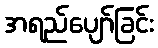
အရည်ပျော်ခြင်း